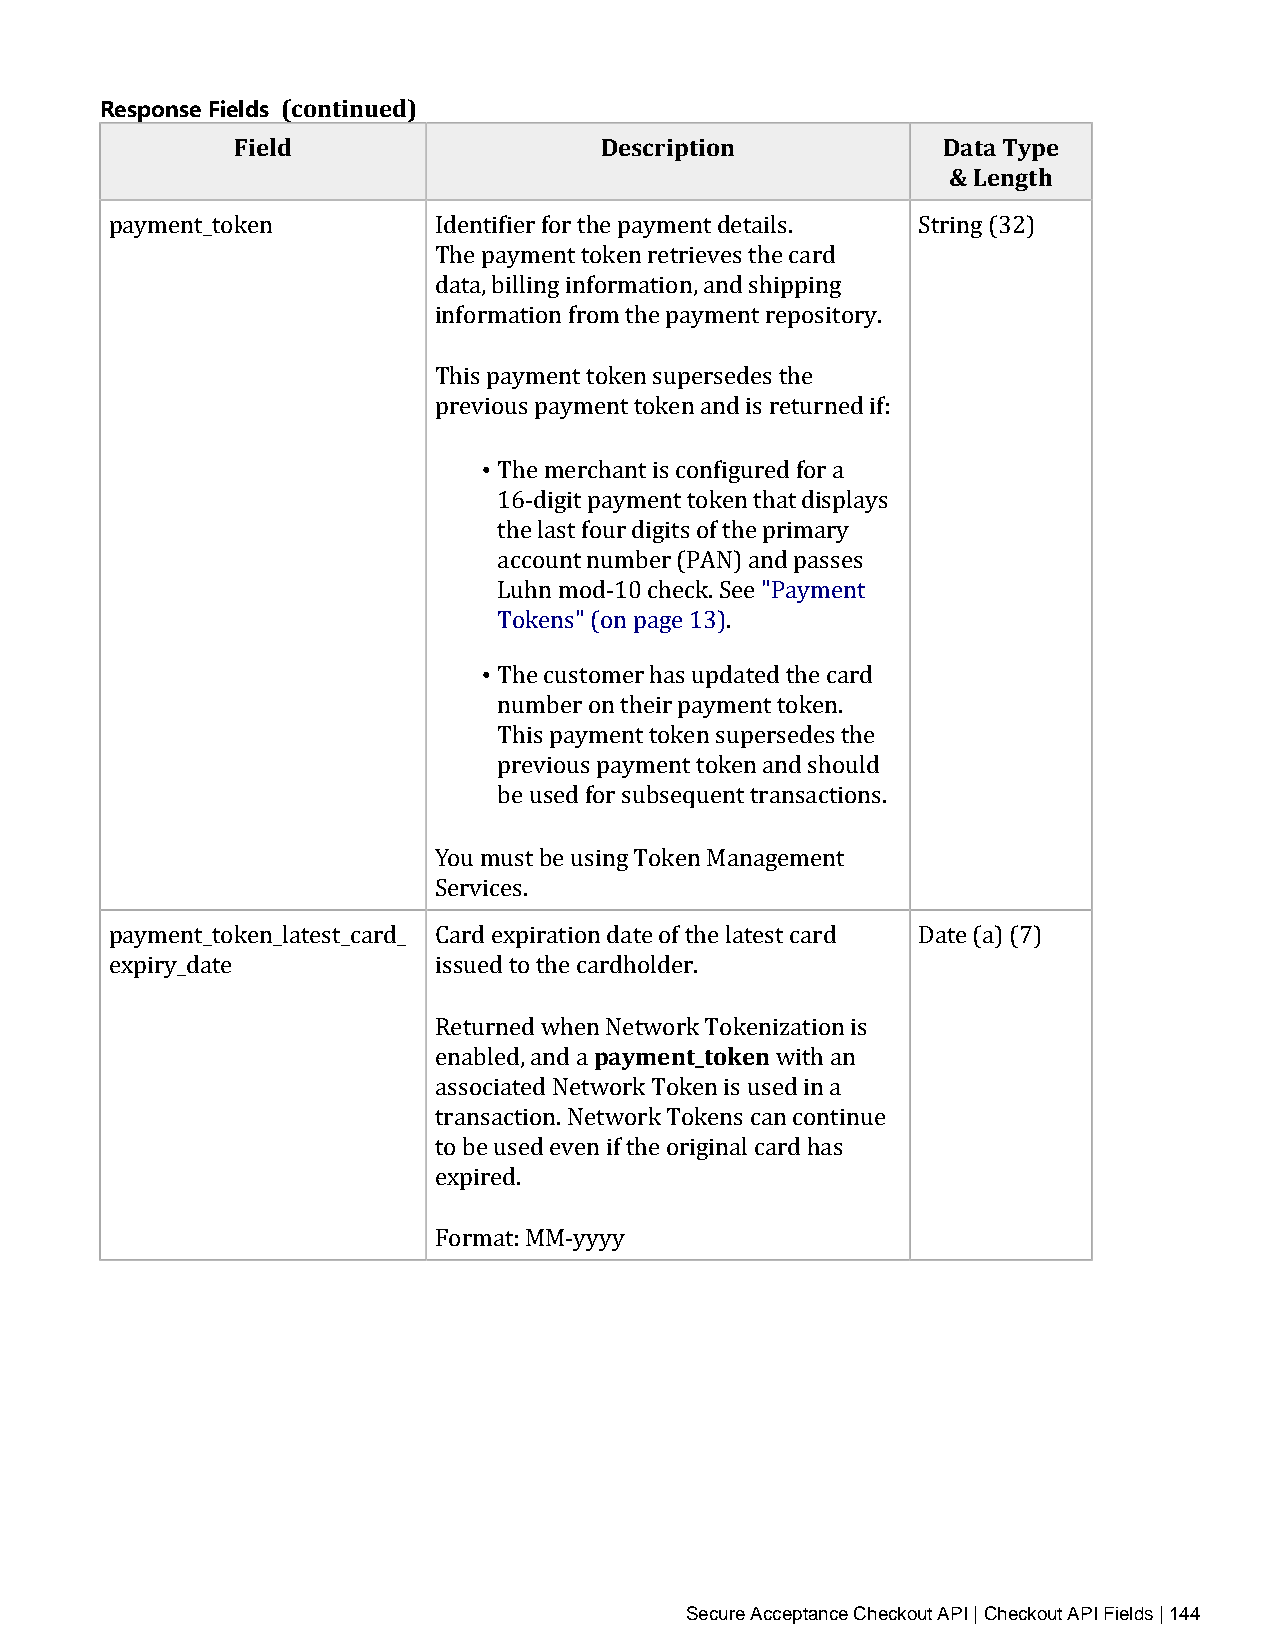
Response Fields (continued)
 Field                   Description           Data Type
 & Length
 payment_token         Identifier for the payment details. String (32)
 The payment token retrieves the card
 data, billing information, and shipping
 information from the payment repository.
 This payment token supersedes the
 previous payment token and is returned if:
 •
 The merchant is configured for a
 16‑digit payment token that displays
 the last four digits of the primary
 account number (PAN) and passes
 Luhn mod‑10 check. See "Payment
 • Tokens" (on page 13).
 The customer has updated the card
 number on their payment token.
 This payment token supersedes the
 previous payment token and should
 be used for subsequent transactions.
 You must be using Token Management
 Services.
 payment_token_latest_card_ Card expiration date of the latest card Date (a) (7)
 expiry_date           issued to the cardholder.
 payment_token
 Returned when Network Tokenization is
 enabled, and a        with an
 associated Network Token is used in a
 transaction. Network Tokens can continue
 to be used even if the original card has
 expired.
 Format: MM‑yyyy
 Secure Acceptance Checkout API | Checkout API Fields | 144